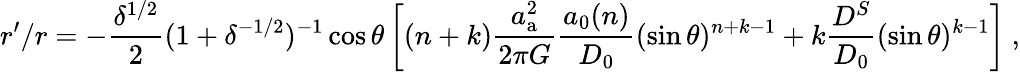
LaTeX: r^{\prime}/r=-\frac{\delta^{1/2}}{2}(1+\delta^{-1/2})^{-1}\cos\theta\left[(n+k)\frac{a_{\mathrm{a}}^{2}}{2\pi G}\frac{a_{0}(n)}{D_{0}}(\sin\theta)^{n+k-1}+k\frac{D^{S}}{D_{0}}(\sin\theta)^{k-1}\right]\ ,